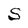
Character: S